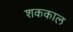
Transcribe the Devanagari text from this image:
शककाल